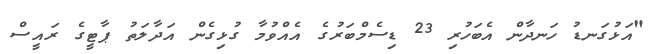
"އަޅުގަނޑު ހަނދާން އެބަހުރި 23 ޑިސެމްބަރުގެ އެއްވުމާ ގުޅިގެން އަދާލަތު ޕާޓީގެ ރައީސް